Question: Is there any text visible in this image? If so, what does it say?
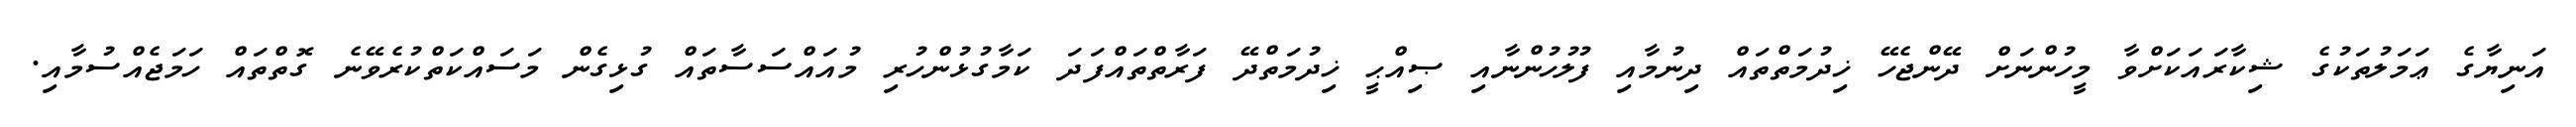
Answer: އަނިޔާގެ ޢަމަލުތަކުގެ ޝިކާރައަކަށްވާ މީހުންނަށް ދޭންޖެހޭ ޚިދުމަތްތައް ދިނުމާއި ފުލުހުންނާއި ޞިއްޙީ ޚިދުމަތްދޭ ފަރާތްތައްފަދަ ކަމާގުޅުންހުރި މުއައްސަސާތައް ގުޅިގެން މަސައްކަތްކުރެވޭނެ ގޮތްތައް ހަމަޖެއްސުމާއި.